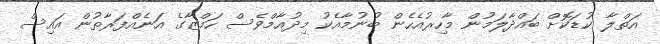
އަތްލާ ކުޑަކޮށް ބައްދާލަމުން މާހިރުއެހެން ބުނުމާއެކު މިދުއާމްވެސް ހަމްޒާގެ އަނެއްފަރާތުން އައިސް